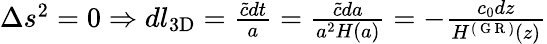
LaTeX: \begin{array}{r}{\Delta s^{2}=0\Rightarrow dl_{3\textrm{D}}=\frac{\tilde{c}dt}{a}=\frac{\tilde{c}da}{a^{2}H(a)}=-\frac{c_{0}dz}{H^{(\mathrm{~G~R~})}(z)}}\end{array}